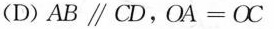
(D)$$AB\parallel CD$$，$$OA=OC$$